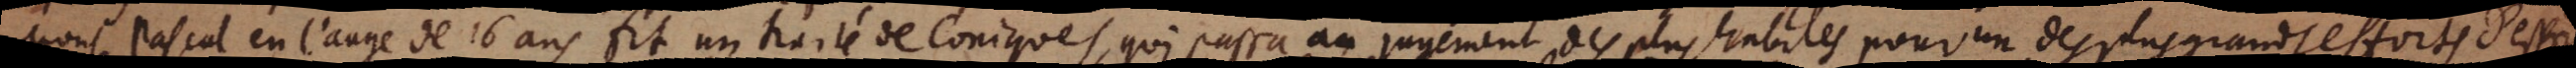
Mons. Pascal en l’aage de 16 ans fit un traité de Coniques, qui passa au jugement des plus habiles pour un des plus grands efforts d’esprit